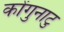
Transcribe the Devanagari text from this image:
कोंगुनाटु